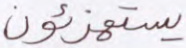
يستهزئون